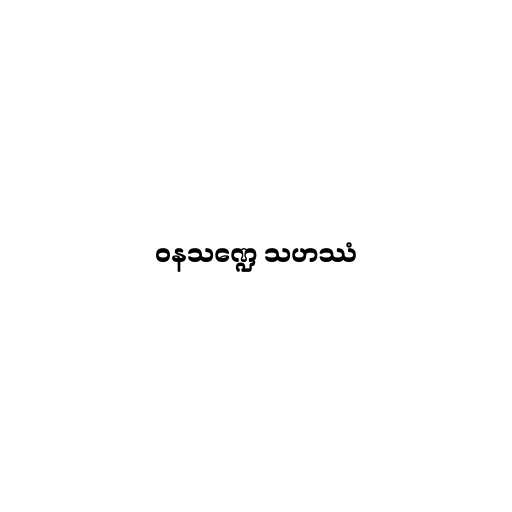
ဝနသဏ္ဍေ သဟဿံ